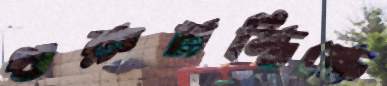
গুরুমস্তিষ্কে